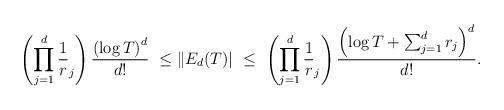
LaTeX: \begin{align*} \left( \prod_{j=1}^d \frac1 r_j \right) \frac{\left( \log T \right)^d}{d!} \ \le \|E_d(T)|\ \le \ \left( \prod_{j=1}^d \frac1 r_j \right) \frac{\left( \log T +\sum_{j=1}^d r_j \right)^d}{d!}.\end{align*}